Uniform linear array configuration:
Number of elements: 16
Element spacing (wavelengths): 1
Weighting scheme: binomial
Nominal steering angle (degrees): -30
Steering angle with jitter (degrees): -29.252
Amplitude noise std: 0.05
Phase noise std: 0.05

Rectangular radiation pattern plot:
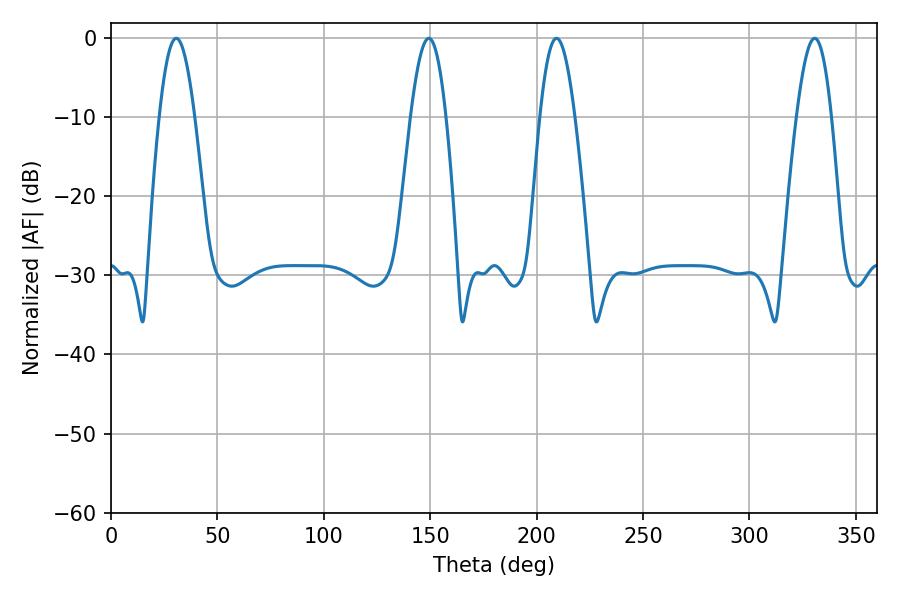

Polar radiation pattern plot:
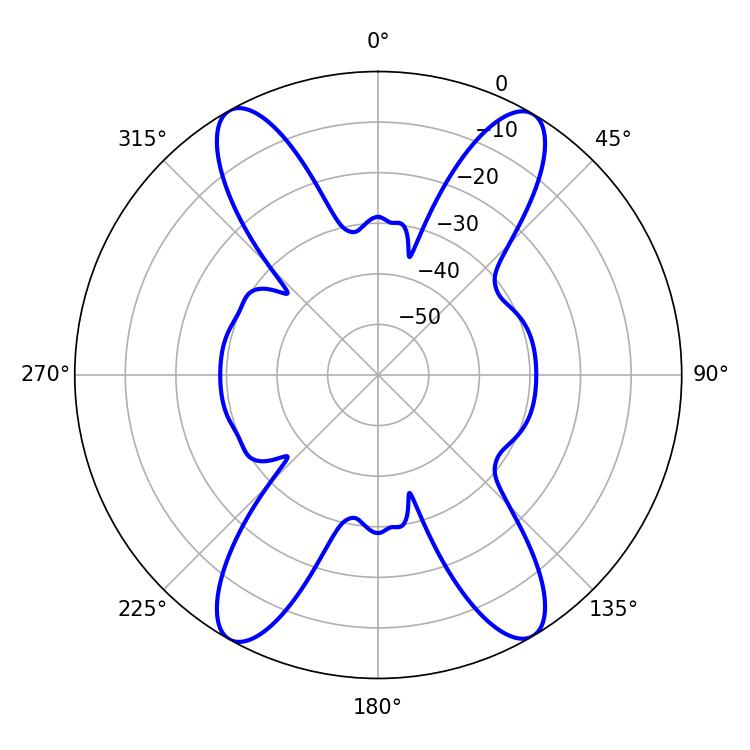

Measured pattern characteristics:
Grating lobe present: TRUE
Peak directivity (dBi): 23.541
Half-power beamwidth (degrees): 8.82
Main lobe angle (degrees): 209.34